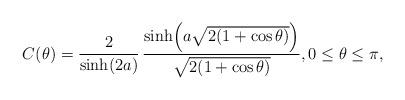
LaTeX: \begin{align*}C(\theta) = \frac{2}{\sinh(2a)} \, \frac{\sinh \! \left( a \sqrt{2(1+\cos\theta)} \right)}{\sqrt{2(1+\cos\theta)}},0 \leq \theta \leq \pi, \end{align*}